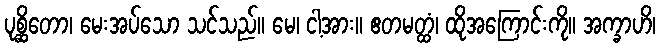
ပုစ္ဆိတော၊ မေးအပ်သော သင်သည်။ မေ၊ ငါ့အား။ ဧတမတ္ထံ၊ ထိုအကြောင်းကို။ အက္ခာဟိ၊